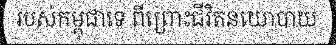
របស់កម្ពុជាទេ ពីព្រោះជីវិតនយោបាយ